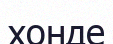
хонде